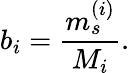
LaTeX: b_{i}=\frac{m_{s}^{(i)}}{M_{i}}.